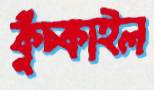
কুঁচ্‌কাইল